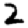
Digit: 2